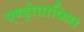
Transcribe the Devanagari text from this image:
एण्ड्रोग्राफिस